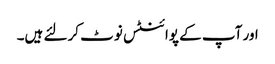
اور آپ کے پوائنٹس نوٹ کرلئے ہیں۔